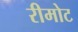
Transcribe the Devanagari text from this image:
रीमोट